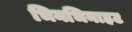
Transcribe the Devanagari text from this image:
भिनभिनाहट